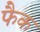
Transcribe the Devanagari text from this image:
फैक